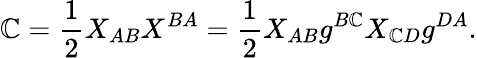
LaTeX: \mathbb{C}={\frac{{1}}{{2}}}X_{AB}X^{BA}={\frac{{1}}{{2}}}X_{AB}g^{B\mathbb{C}}X_{\mathbb{C}D}g^{DA}.